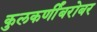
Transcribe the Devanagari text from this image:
कुलकर्णींबरोबर